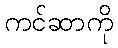
ကင်ဆာကို